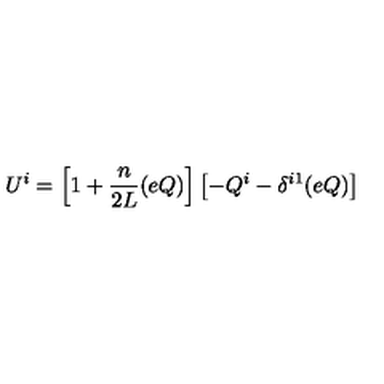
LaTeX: U ^ { i } = \left[ 1 + \frac { n } { 2 L } ( e Q ) \right] \left[ - Q ^ { i } - \delta ^ { i 1 } ( e Q ) \right]